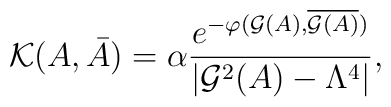
{\cal K}(A,\bar A)=\alpha{e^{-\varphi({\cal G}(A),\overline{{\cal G}(A)})}\over |{\cal G}^2(A) - \Lambda^4|},